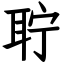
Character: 聍